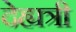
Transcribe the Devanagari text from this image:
देह्यत्री